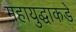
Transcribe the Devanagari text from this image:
महायुद्धाकडे